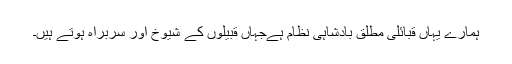
ہمارے یہاں قبائلى مطلق بادشاہى نظام ہےجہاں قبیلوں کے شیوخ اور سربراه ہوتے ہیں۔